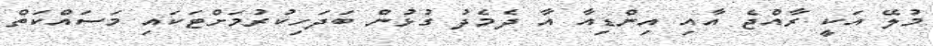
މުލޭ އަކީ ރާއްޖެ އާއި އިންޑިއާ އާ ދެމެދު ގުޅުން ބަދަހިކުރުމަށްޓަކައި މަސައްކަތް